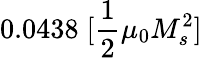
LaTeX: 0.0438\; [\frac{1}{2}\mu_{0}M_{s}^{2}]